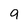
Character: 9